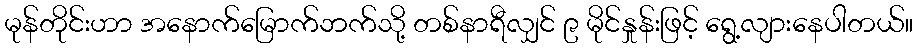
မုန်တိုင်းဟာ အနောက်မြောက်ဘက်သို့ တစ်နာရီလျှင် ၉ မိုင်နှုန်းဖြင့် ရွေ့လျားနေပါတယ်။